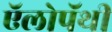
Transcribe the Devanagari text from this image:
ऍलोपॅथी